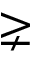
\gneq